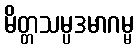
မိတ္တသမ္ပဒမာဂမ္မ